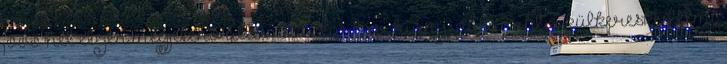
jövő hét elején megjelenő államháztartási hiány, valamint a külkereskedelmi